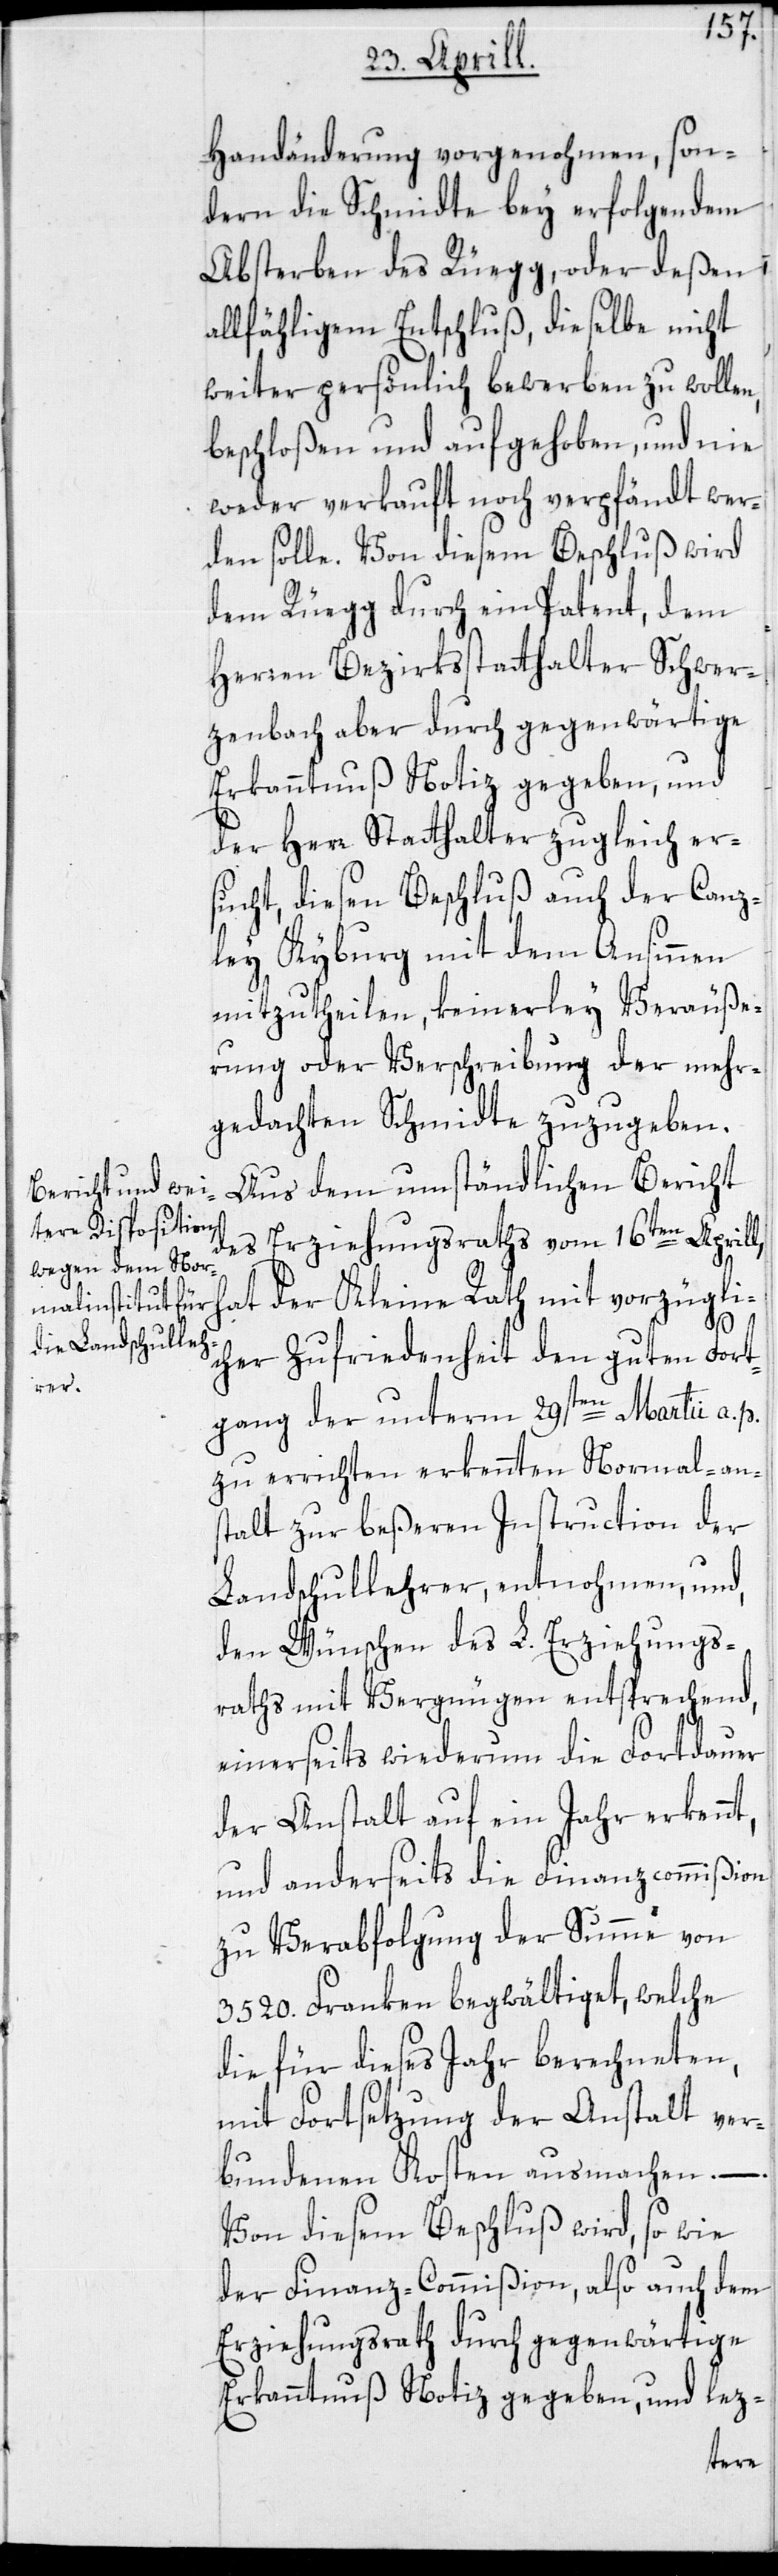
Handänderung vorgenohmen, son¬
dern die Schmidte bey erfolgendem
Absterben des Rüegg, oder deßen
allfähligem Entschluß, dieselbe nicht
weiter persönlich bewerben zu wollen,
beschloßen und aufgehoben, und nie
weder verkauft noch verpfändt wer¬
den solle. Von diesem Beschluß wird
dem Rüegg durch ein Patent, dem
Herren Bezirksstatthalter Schwer¬
zenbach aber durch gegenwärtige
Erkanntnuß Notiz gegeben, und
der Herr Statthalter zugleich er¬
sucht, diesen Beschluß auch der Canz¬
ley Kyburg mit dem Ansinnen
mitzutheilen, keinerley Veräuße¬
rung oder Verschreibung der mehr¬
gedachten Schmidte zuzugeben.
Aus dem umständlichen Bericht
des Erziehungsraths vom 16ten Aprill,
hat der Kleine Rath mit vorzügli¬
t,
cher Zufriedenheit den guten Fort¬
gang der unterm 29sten Martii a. p.
zu errichten erkennten Normal-an¬
stalt zur beßeren Instruction der
Landschullehrer, entnohmen, und,
den Wünschen des L. Erziehungs¬
raths mit Vergnügen entsprechend,
einerseits wiederum die Fortdauer
der Anstalt auf ein Jahr erkenn¬
und anderseits die Finanzcommißion
zu Verabfolgung der Summe von
3520. Franken begwältiget, welche
die für dieses Jahr berechneten,
mit Fortsetzung der Anstalt ver¬
bundenen Kosten ausmachen. –
Von diesem Beschluß wird, so wie
der Finanz-Commißion, also auch dem
Erziehungsrath durch gegenwärtige
Erkanntnuß Notiz gegeben, und lez-